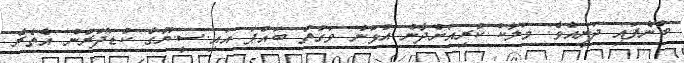
ބުނެފައި ދަނީއެވެ. މަލާކް ކުރިއަށްދާން އުޅުނު ވަގުތު ބައްޕަ އައި.ސީ.ޔޫގެ ކުޑަދޮރުން އެތެރެ